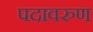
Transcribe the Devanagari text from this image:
पदावरुण